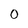
Character: 0